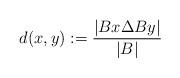
LaTeX: \begin{align*} d( x, y ) := \frac{| Bx \Delta By |}{|B|}\end{align*}